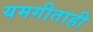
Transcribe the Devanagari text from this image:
यमगीताही